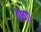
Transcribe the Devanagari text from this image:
तथा१